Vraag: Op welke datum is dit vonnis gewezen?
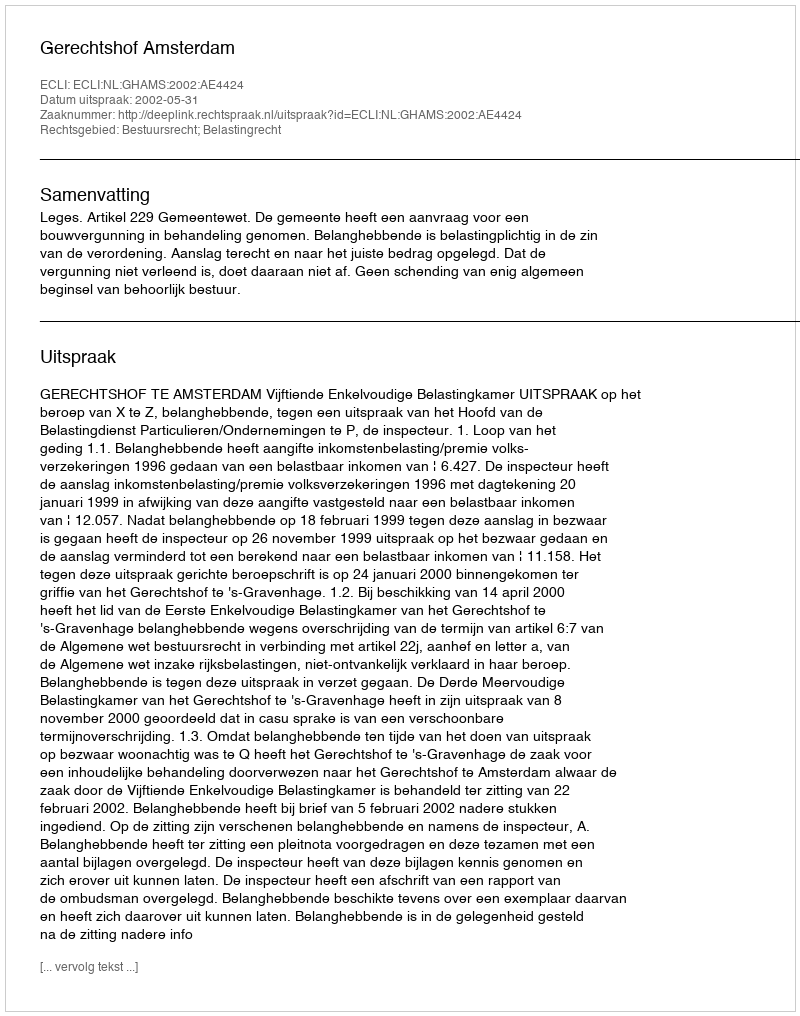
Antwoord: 2002-05-31